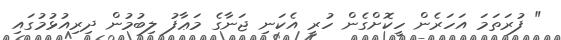
" ފުރަތަމަ އަހަރެން ހީކޮށްގެން ހުރީ އެކަނި ޖަނާގެ މަޢާފު ލިބުމުން ދިރިއުޅުމުގައި